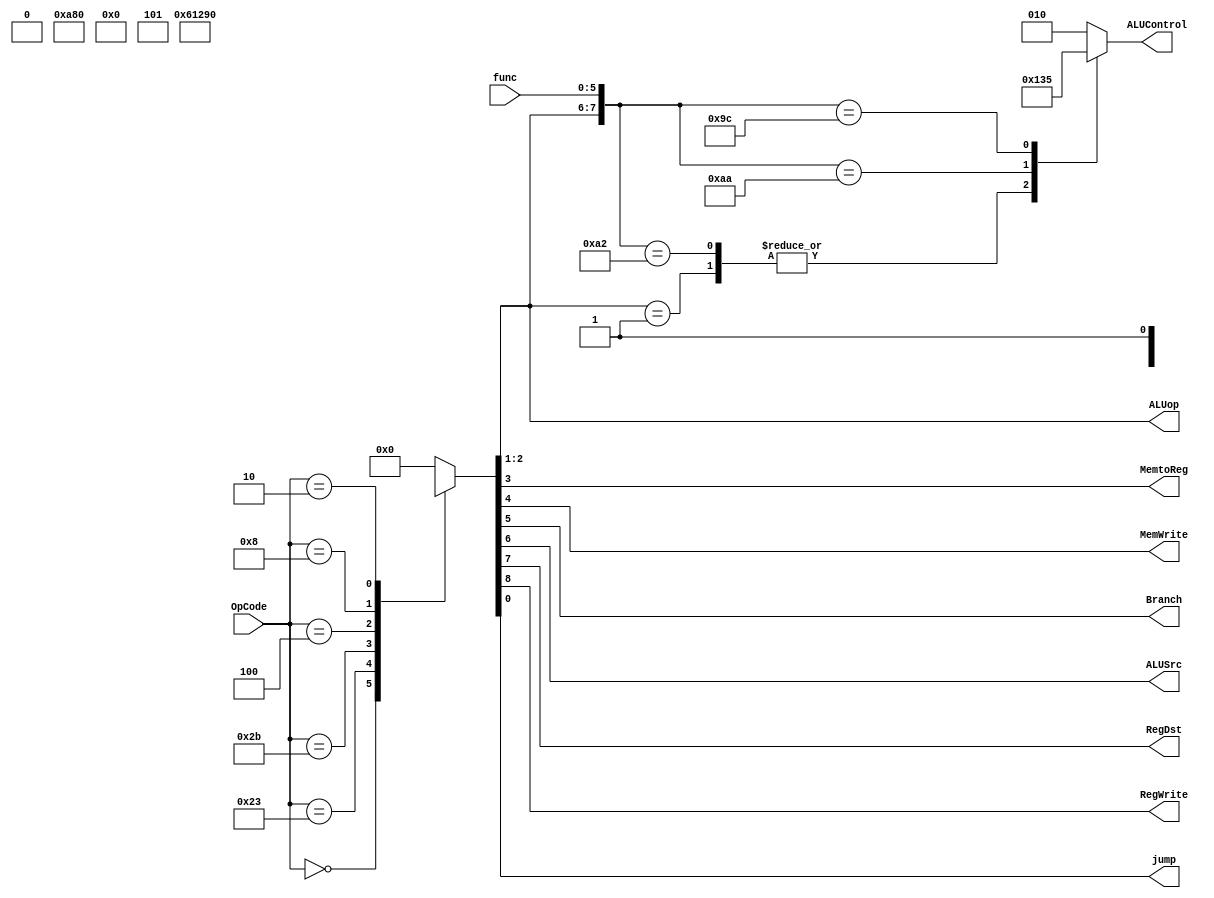
module CU(
input [5:0] OpCode,
input [5:0] func,
output reg MemtoReg,
output reg MemWrite,
output reg Branch,
output reg [2:0] ALUControl,
output reg ALUSrc,
output reg [1:0] ALUop,
output reg RegDst,
output reg RegWrite ,output reg jump
);
always @(*)
begin
	
   case(OpCode)
        6'b000000: {RegWrite,RegDst,ALUSrc,Branch,MemWrite,MemtoReg,ALUop,jump} = 9'b110000100;
        6'b100011: {RegWrite,RegDst,ALUSrc,Branch,MemWrite,MemtoReg,ALUop,jump} = 9'b101001000;
        6'b101011: {RegWrite,RegDst,ALUSrc,Branch,MemWrite,MemtoReg,ALUop,jump} = 9'b0x101x000;
        6'b000100: {RegWrite,RegDst,ALUSrc,Branch,MemWrite,MemtoReg,ALUop,jump} = 9'b0x010x010;
        6'b001000: {RegWrite,RegDst,ALUSrc,Branch,MemWrite,MemtoReg,ALUop,jump} = 9'b101000000;
        6'b000010: {RegWrite,RegDst,ALUSrc,Branch,MemWrite,MemtoReg,ALUop,jump} = 9'b0xxx0xxx1;
        default:{RegWrite,RegDst,ALUSrc,Branch,MemWrite,MemtoReg,ALUop,jump} = 9'b0;
   endcase
    casex({ALUop,func})
        	8'b00??????: ALUControl = 3'b010;
                8'b01??????: ALUControl = 3'b100;
                8'b10100000:ALUControl = 3'b010;
                8'b10100010:ALUControl = 3'b100;
                8'b10101010:ALUControl = 3'b110;
                8'b10011100:ALUControl = 3'b101;
        default : ALUControl=010;
    endcase

end 
    
endmodule